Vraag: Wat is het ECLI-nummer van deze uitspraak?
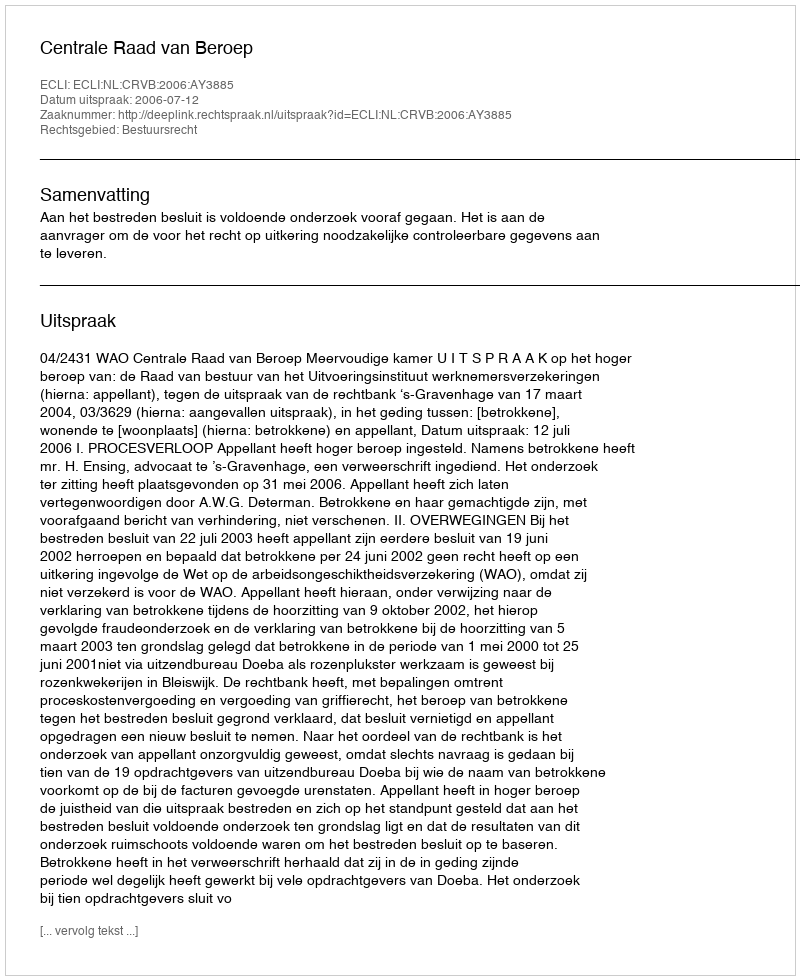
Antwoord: ECLI:NL:CRVB:2006:AY3885